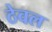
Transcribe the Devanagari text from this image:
ठेवल